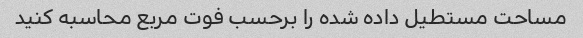
مساحت مستطیل داده شده را برحسب فوت مربع محاسبه کنید